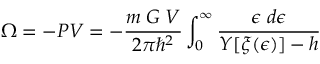
\Omega = - P V = - \frac { m \; { \cal { G } } \; V } { 2 \pi { \hbar } ^ { 2 } } \int _ { 0 } ^ { \infty } \frac { \epsilon \; d \epsilon } { { \cal { Y } } [ \xi ( \epsilon ) ] - h }